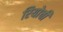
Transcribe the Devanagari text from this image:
रियोची